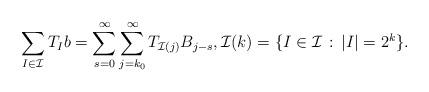
LaTeX: \begin{align*}\sum_{I\in \mathcal I} T_I b = \sum_{s= 0} ^{\infty } \sum_{j = k_0} ^{\infty } T _{\mathcal I (j)} B _{j-s}, \mathcal I (k) = \{I\in \mathcal I \,:\, \lvert I\rvert = 2 ^{k} \}. \end{align*}